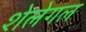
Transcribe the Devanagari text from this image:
शेलेगल